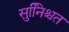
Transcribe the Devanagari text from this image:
सुनििश्चत